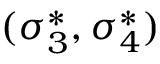
( \sigma _ { 3 } ^ { * } , \sigma _ { 4 } ^ { * } )